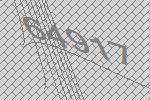
64917